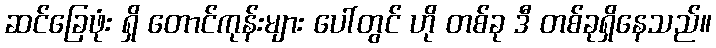
ဆင်ခြေဖုံး ရှိ တောင်ကုန်းများ ပေါ်တွင် ဟို တစ်ခု ဒီ တစ်ခုရှိနေသည်။